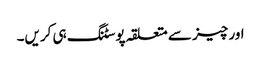
اور چیز سے متعلقہ پوسٹنگ ہی کریں۔